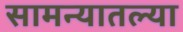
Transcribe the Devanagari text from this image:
सामन्यातल्या